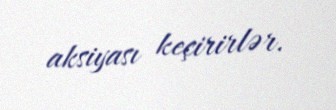
aksiyası keçirirlər.